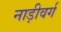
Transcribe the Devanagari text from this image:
नाड़ीवर्ग